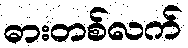
ဓားတစ်လက်